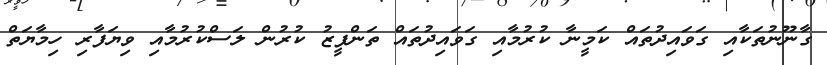
ގާނޫނުތަކާއި ގަވައިދުތައް ކަމީނާ ކުރުމާއި ގަވައިދުތައް ތަންފީޒު ކުރުން ލަސްކުރުމާއި ވިޔަފާރި ހިމާޔަތް